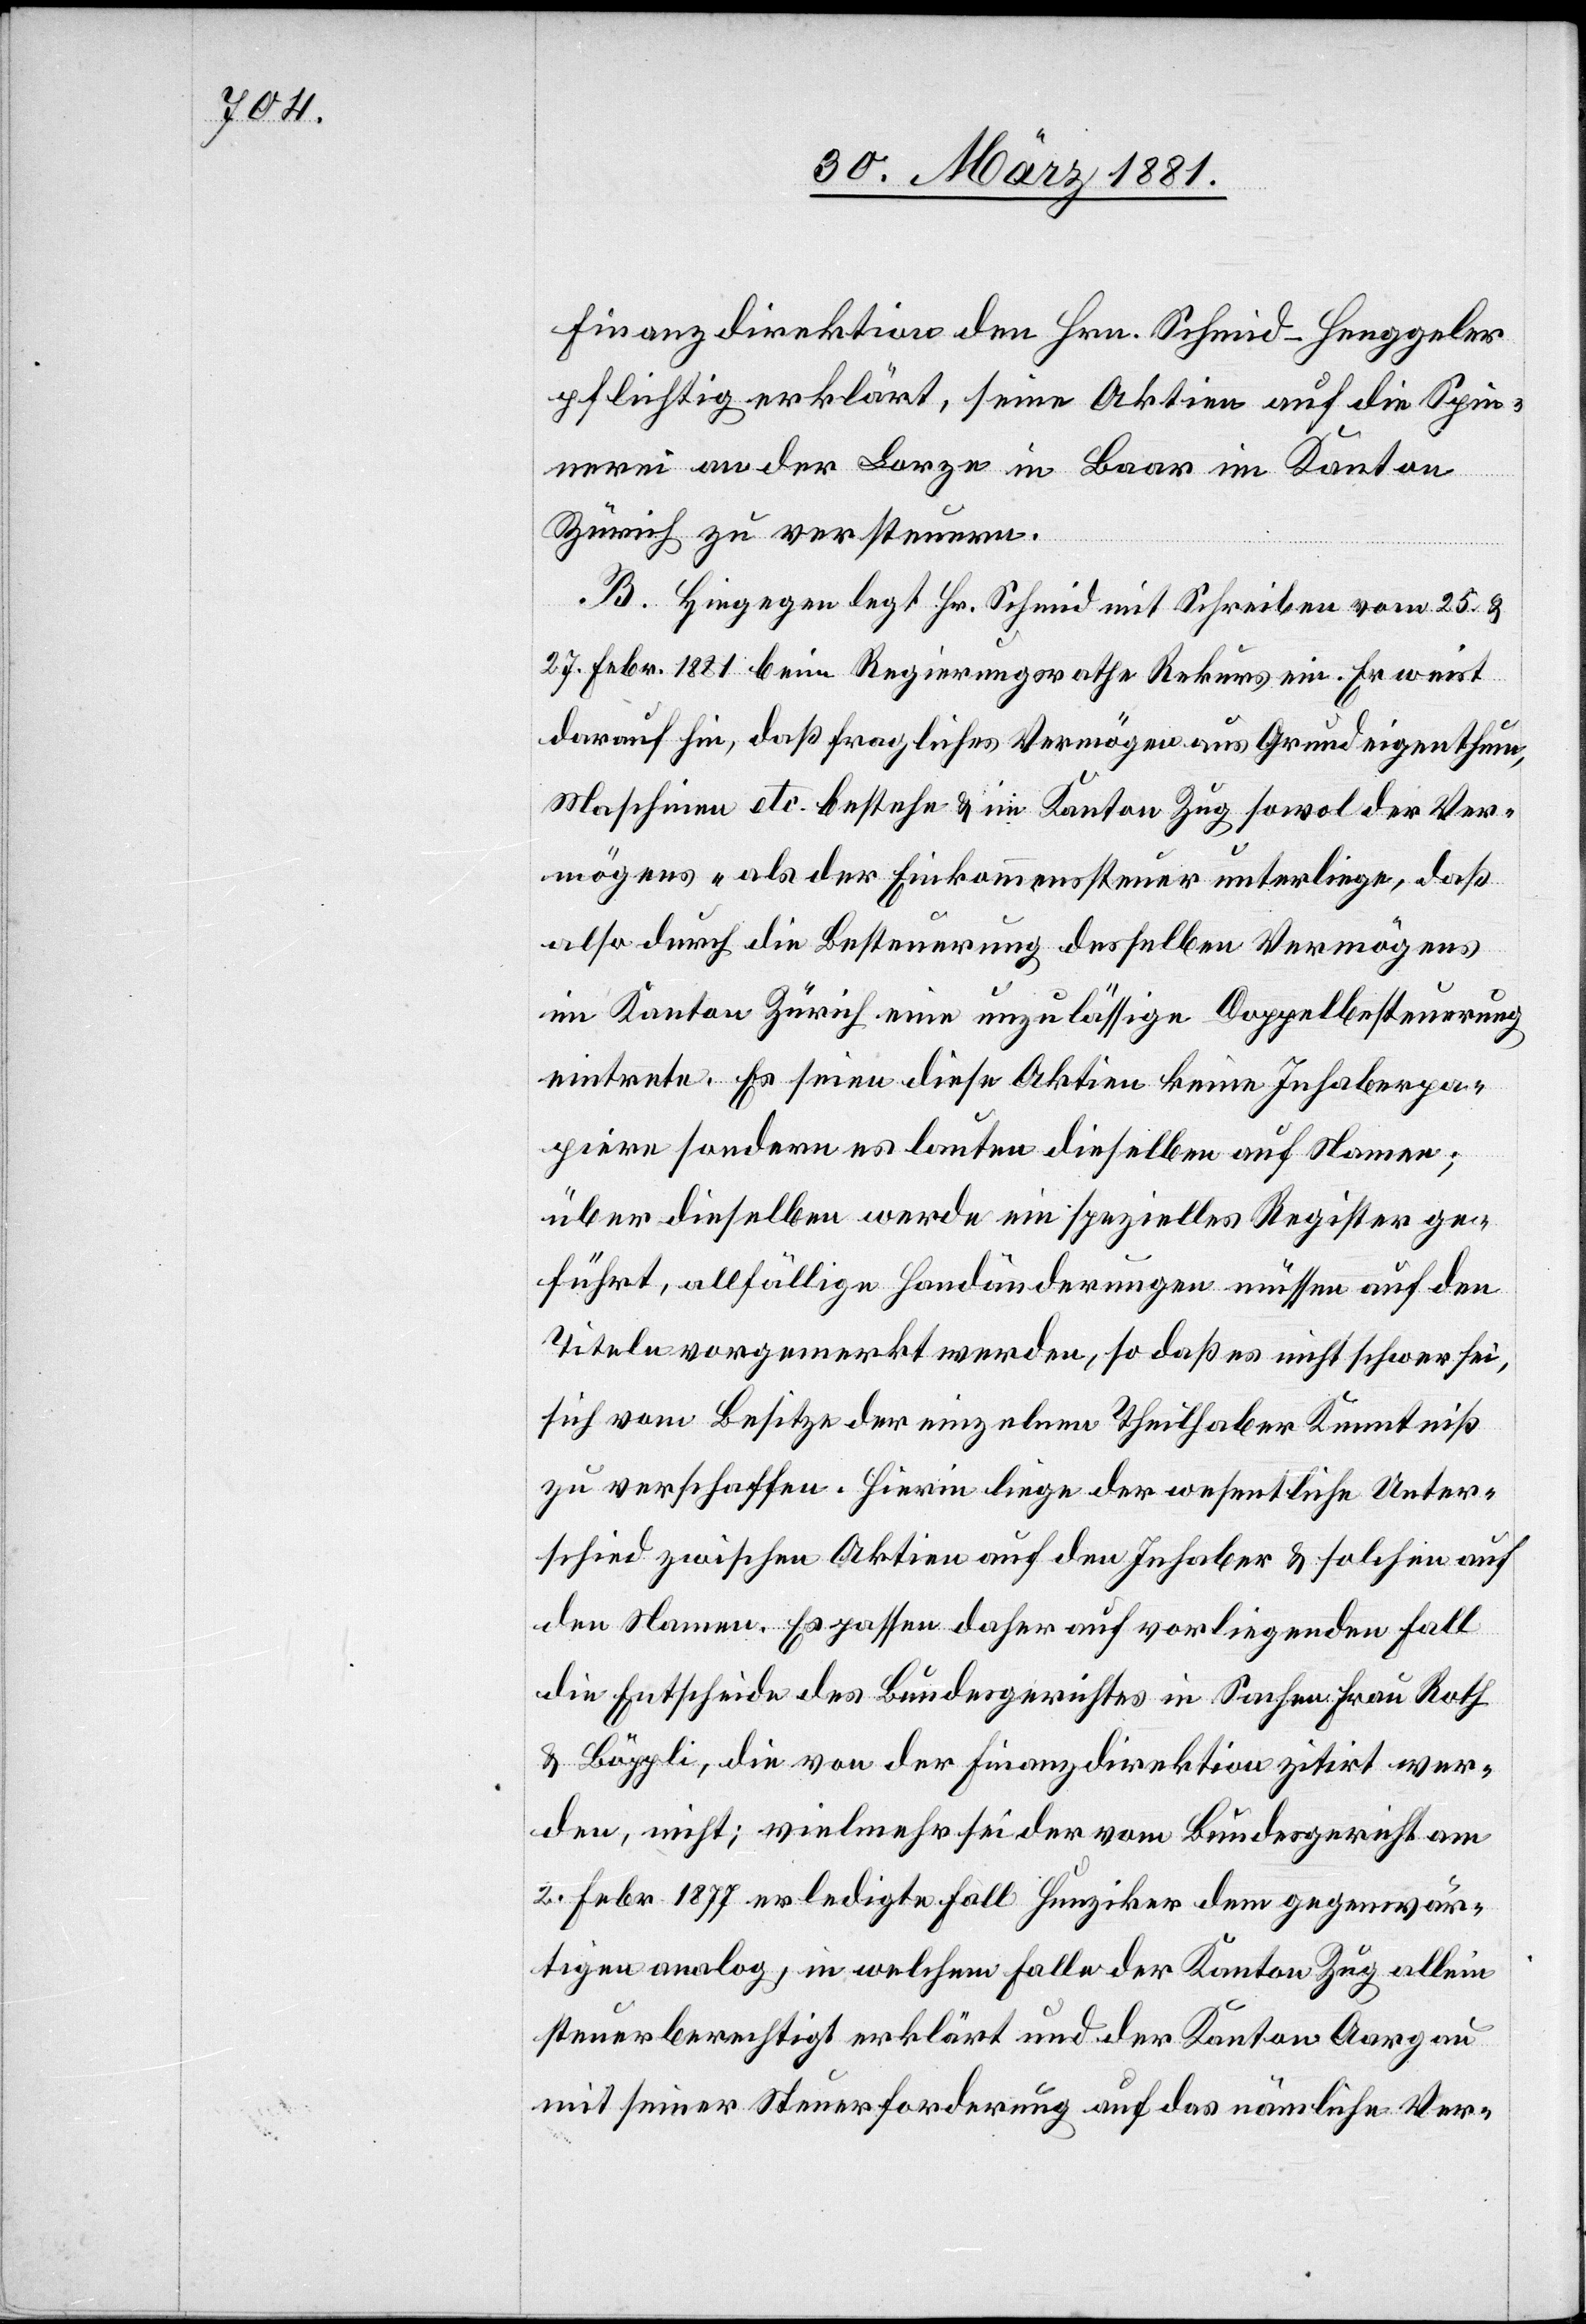
Finanzdirektion den Hrn. Schmid-Henggler
pflichtig erklärt, seine Aktien auf die Spin¬
nerei an der Lorze in Baar im Kanton
Zürich zu versteuern.
B. Hiegegen legt Hr. Schmid mit Schreiben vom 25. &
27. Febr. 1881 beim Regierungsrathe Rekurs ein. Er weist
darauf hin, daß fragliches Vermögen aus Grundeigenthum,
Maschinen etc. bestehe & im Kanton Zug sowol der Ver¬
mögens- als der Einkommenssteuer unterliege, daß
also durch die Besteuerung desselben Vermögens
im Kanton Zürich eine unzulässige Doppelbesteuerung
eintrete. Es seien diese Aktien keine Inhaberpa¬
piere sondern es lauten dieselben auf Namen;
über dieselben werde ein spezielles Register ge¬
führt, allfällige Handänderungen müssen auf den
Titeln vorgemerkt werden, so daß es nicht schwer sei,
sich vom Besitze der einzelnen Theilhaber Kenntniß
zu verschaffen. Hierin liege der wesentliche Unter¬
schied zwischen Aktien auf den Inhaber & solchen auf
den Namen. Es passen daher auf vorliegenden Fall
die Entscheide des Bundesgerichtes in Sachen Frau Roth
& Bäggli, die von der Finanzdirektion zitirt wer¬
den, nicht; vielmehr sei der vom Bundesgericht am
2. Febr. 1877 erledigte Fall Hunziker dem gegenwär¬
tigen analog, in welchem Falle der Kantons Zug allein
steuerberechtigt erklärt und der Kantons Aargau
mit seiner Steuerforderung auf das nämliche Ver-